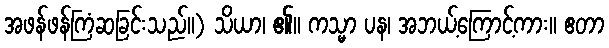
အဖန်ဖန်ကြံဆခြင်းသည်။) သိယာ၊ ၏။ ကသ္မာ ပန၊ အဘယ့်ကြောင့်ကား။ ဧတာ